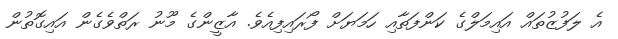
އެ ލަފުޒުތައް އައިމަލްގެ ކަންފަތާއި ހަމަޔަށް ފޯރައިފިއެވެ. އާޒީންގެ މޫނު ރަތްވެގެން އައިގޮތުން